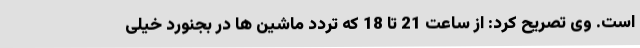
است. وی تصریح کرد: از ساعت 21 تا 18 که تردد ماشین ها در بجنورد خیلی